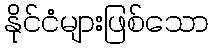
နိုင်ငံများဖြစ်သော